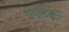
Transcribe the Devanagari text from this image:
एएंडई